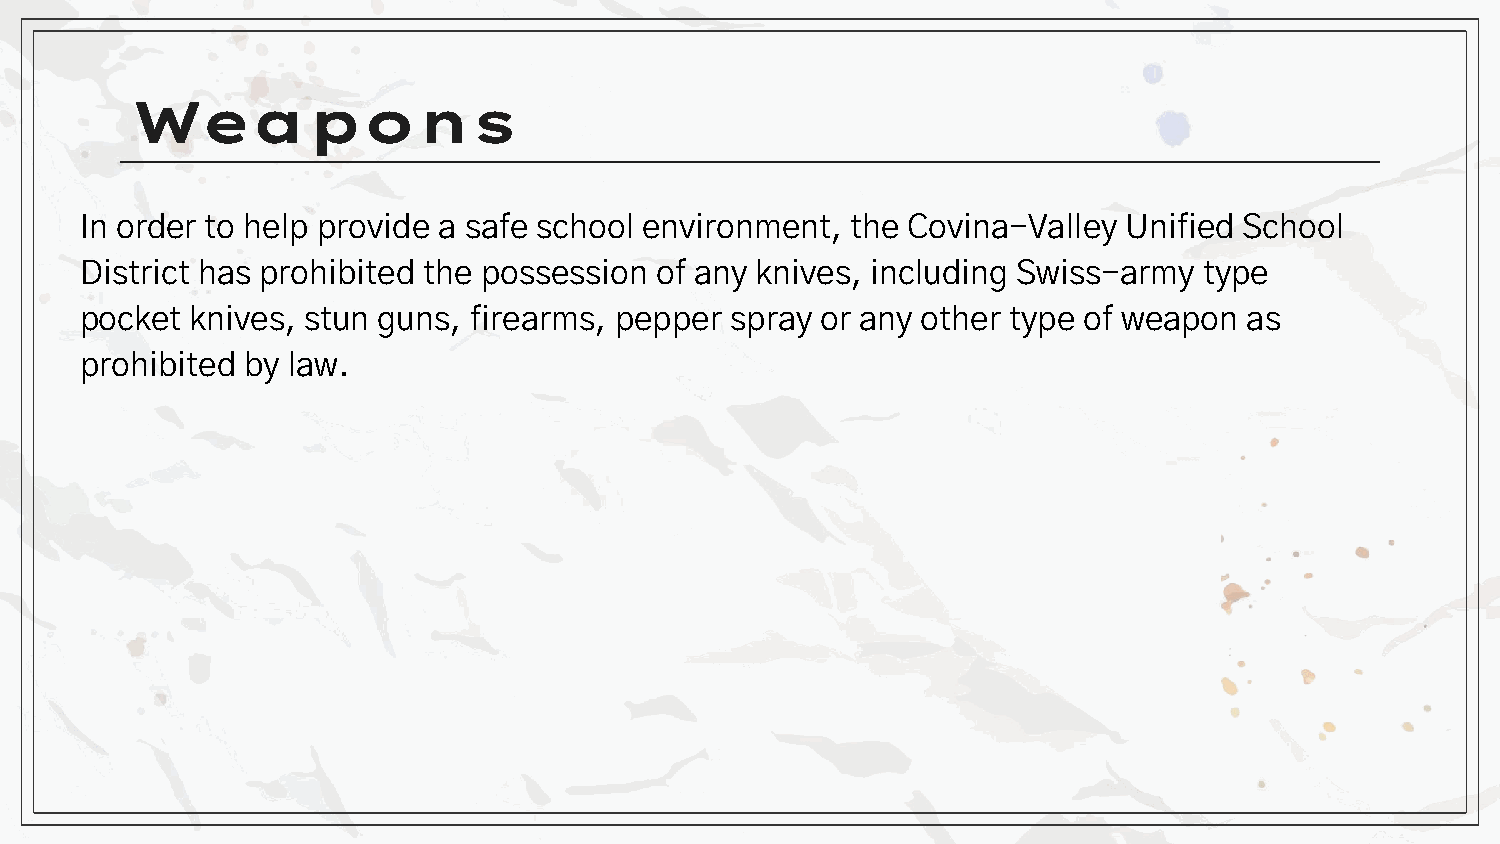
Weapons
 In order to help provide a safe school environment, the Covina-Valley Unified School
 District has prohibited the possession of any knives, including Swiss-army type
 pocket  knives, stun guns, firearms, pepper spray or any other type of weapon as
 prohibited by law.